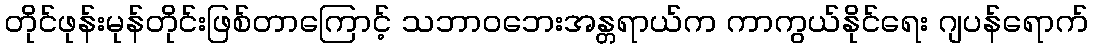
တိုင်ဖုန်းမုန်တိုင်းဖြစ်တာကြောင့် သဘာဝဘေးအန္တရာယ်က ကာကွယ်နိုင်ရေး ဂျပန်ရောက်